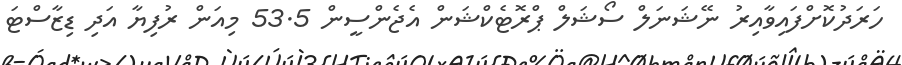
ހަރަދުކޮށްފައިވާއިރު ނޭޝަނަލް ސޯޝަލް ޕްރޮޓެކްޝަން އެޖެންސީން 53.5 މިއަން ރުފިޔާ އަދި ޑިޒާސްޓަ